Bréfritari: Jóhannes Halldórsson
Dagsetning: A-1874-09-06
Skrifað á: Vesturheimi

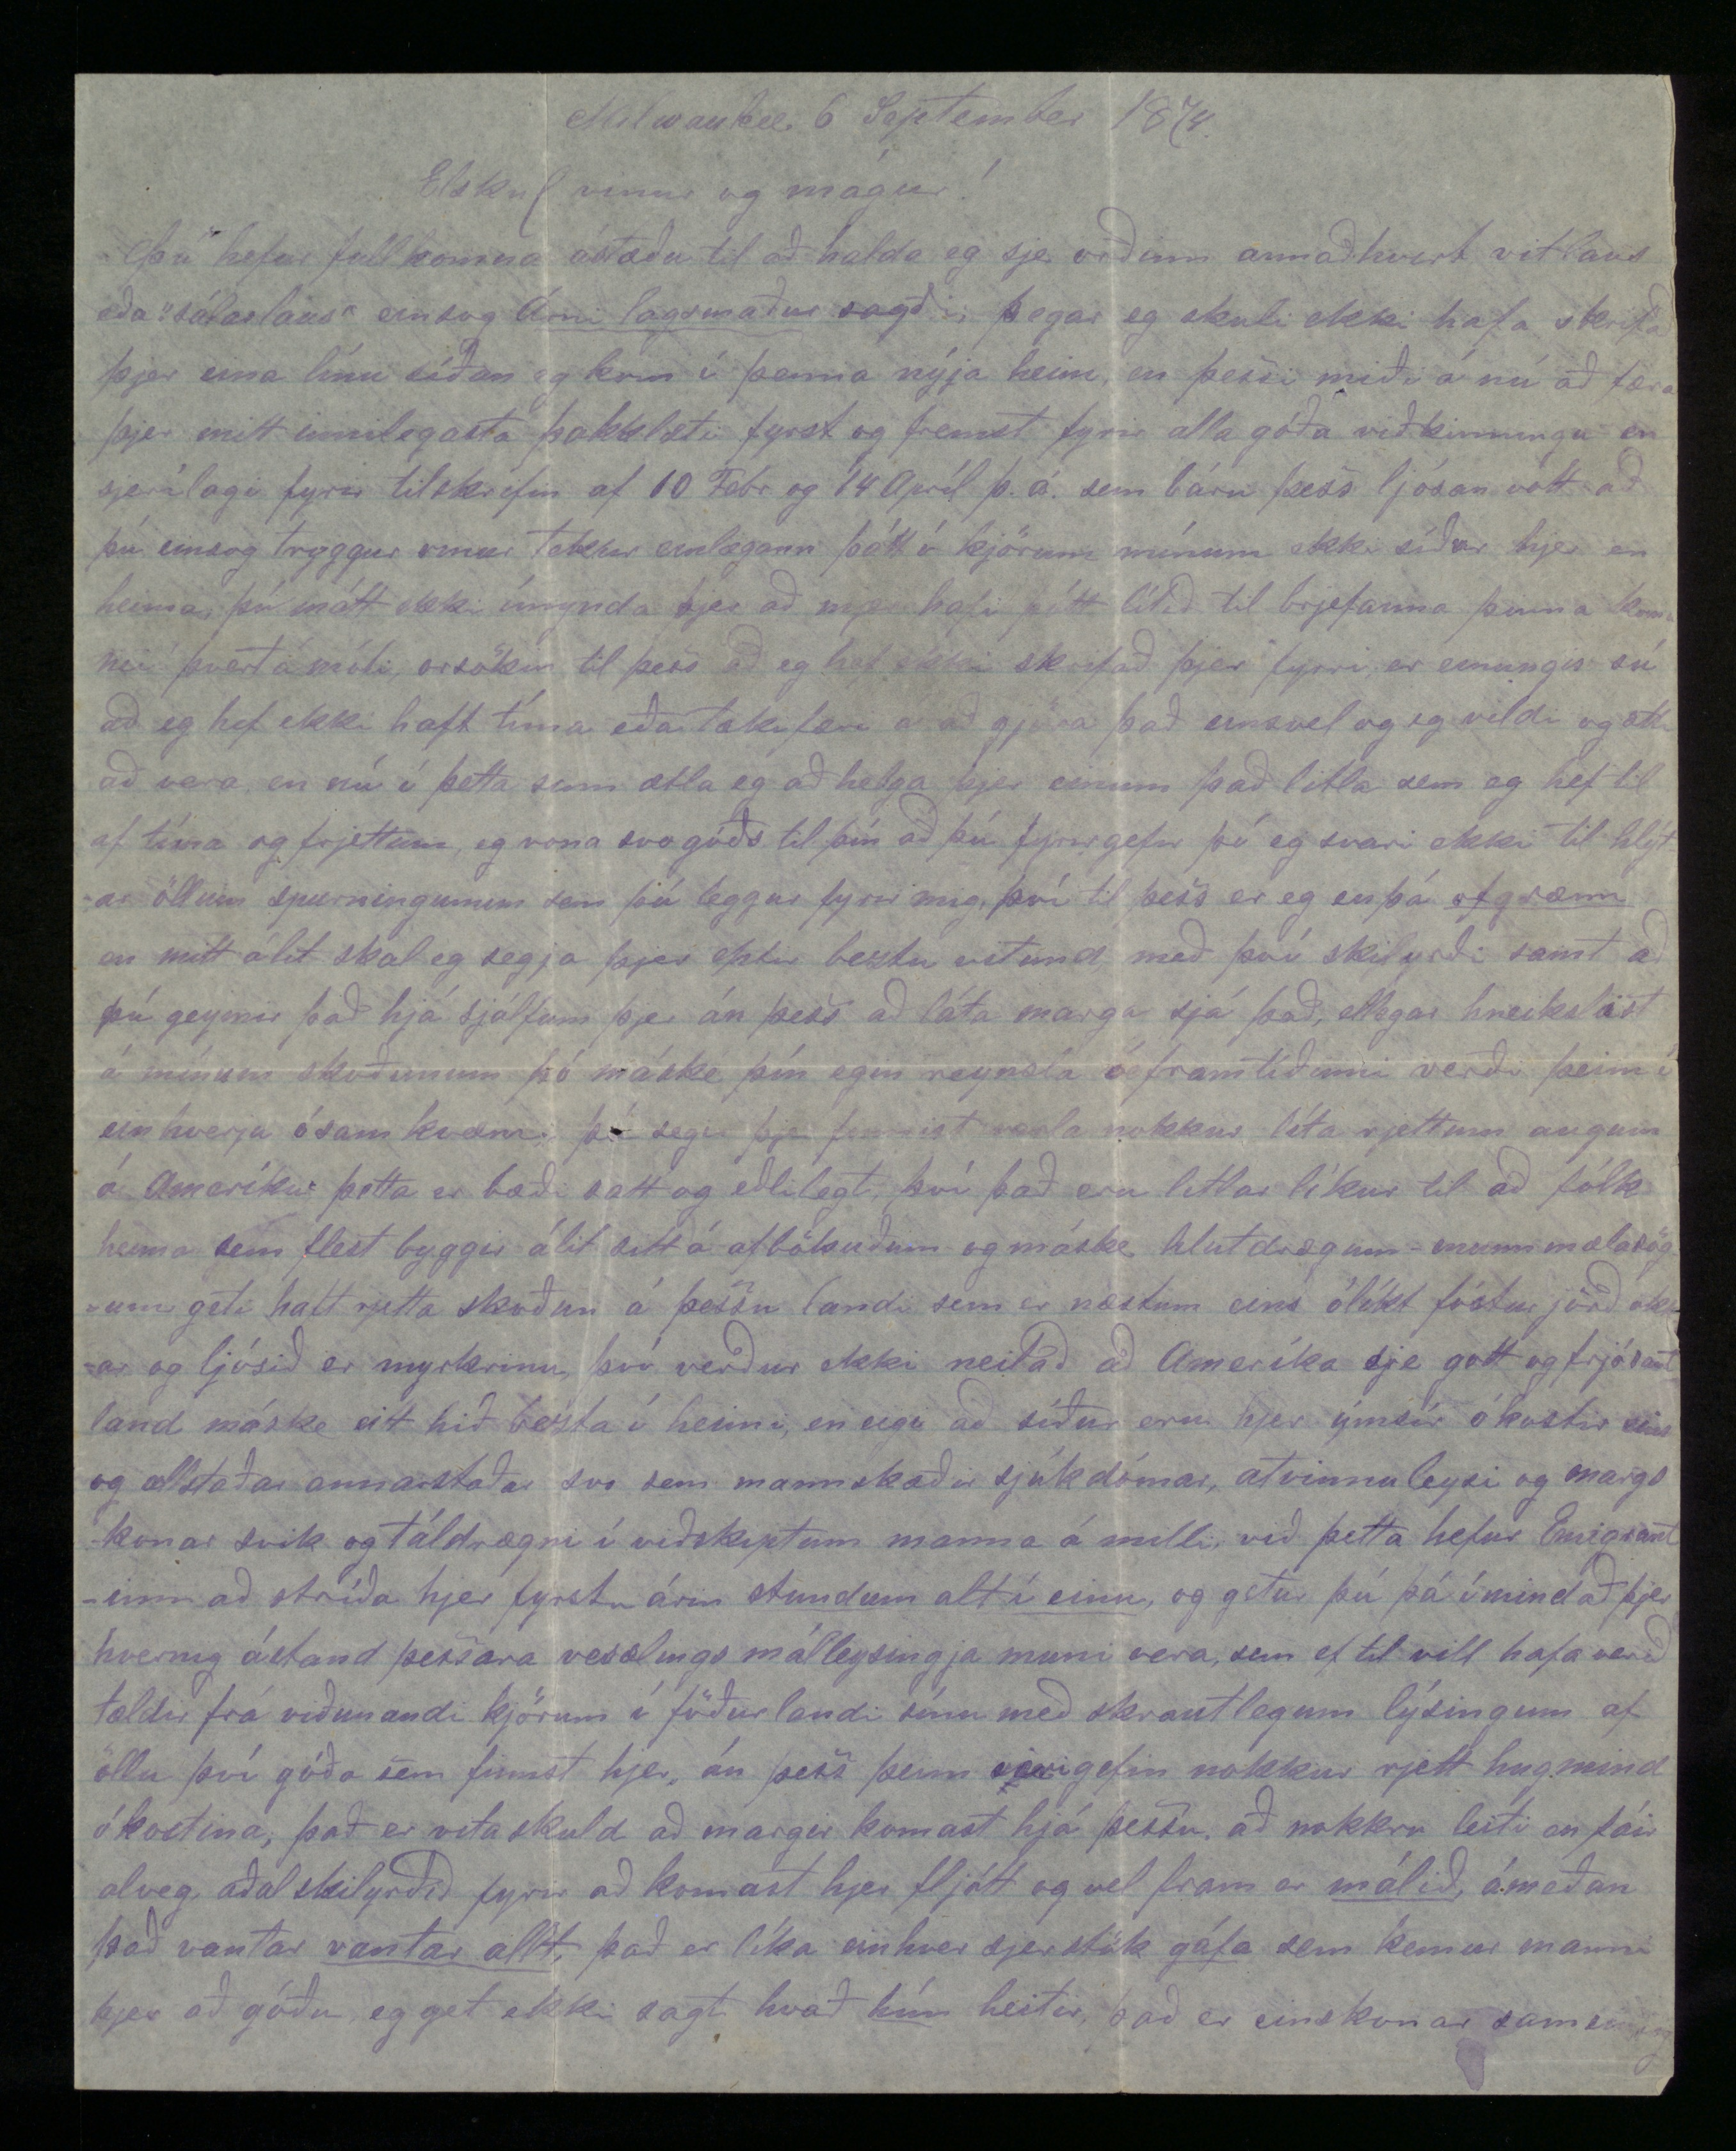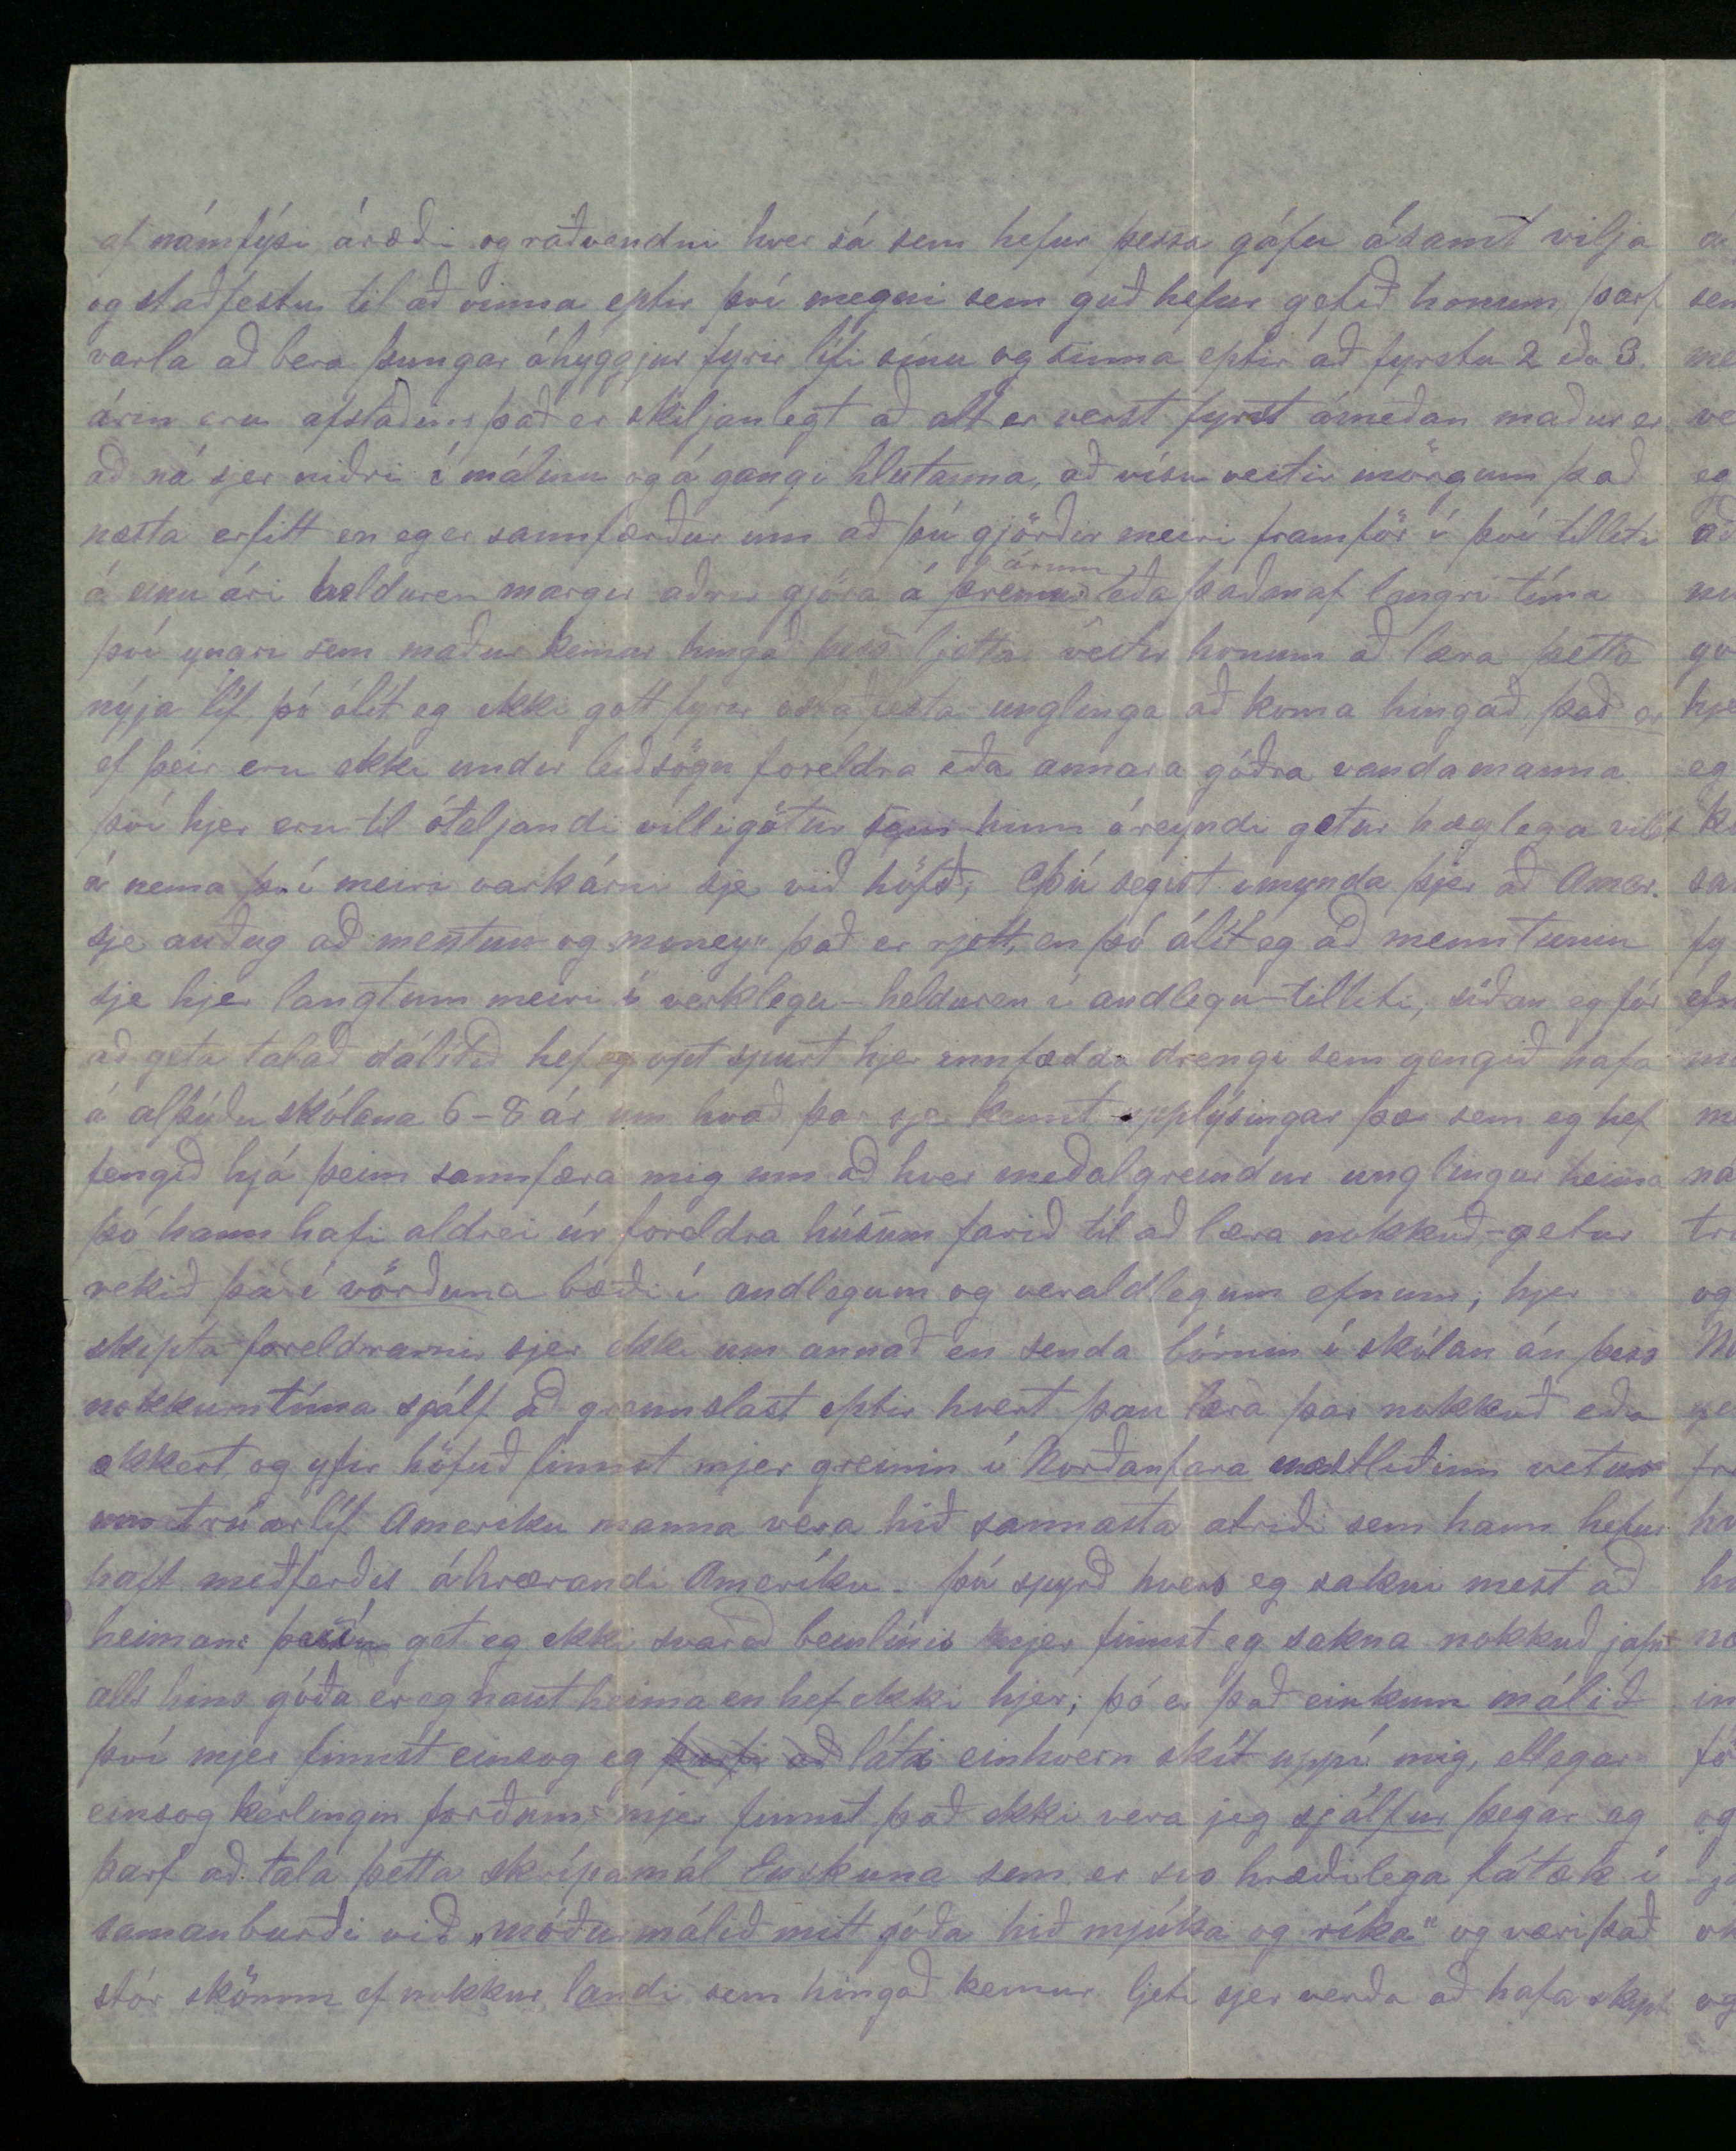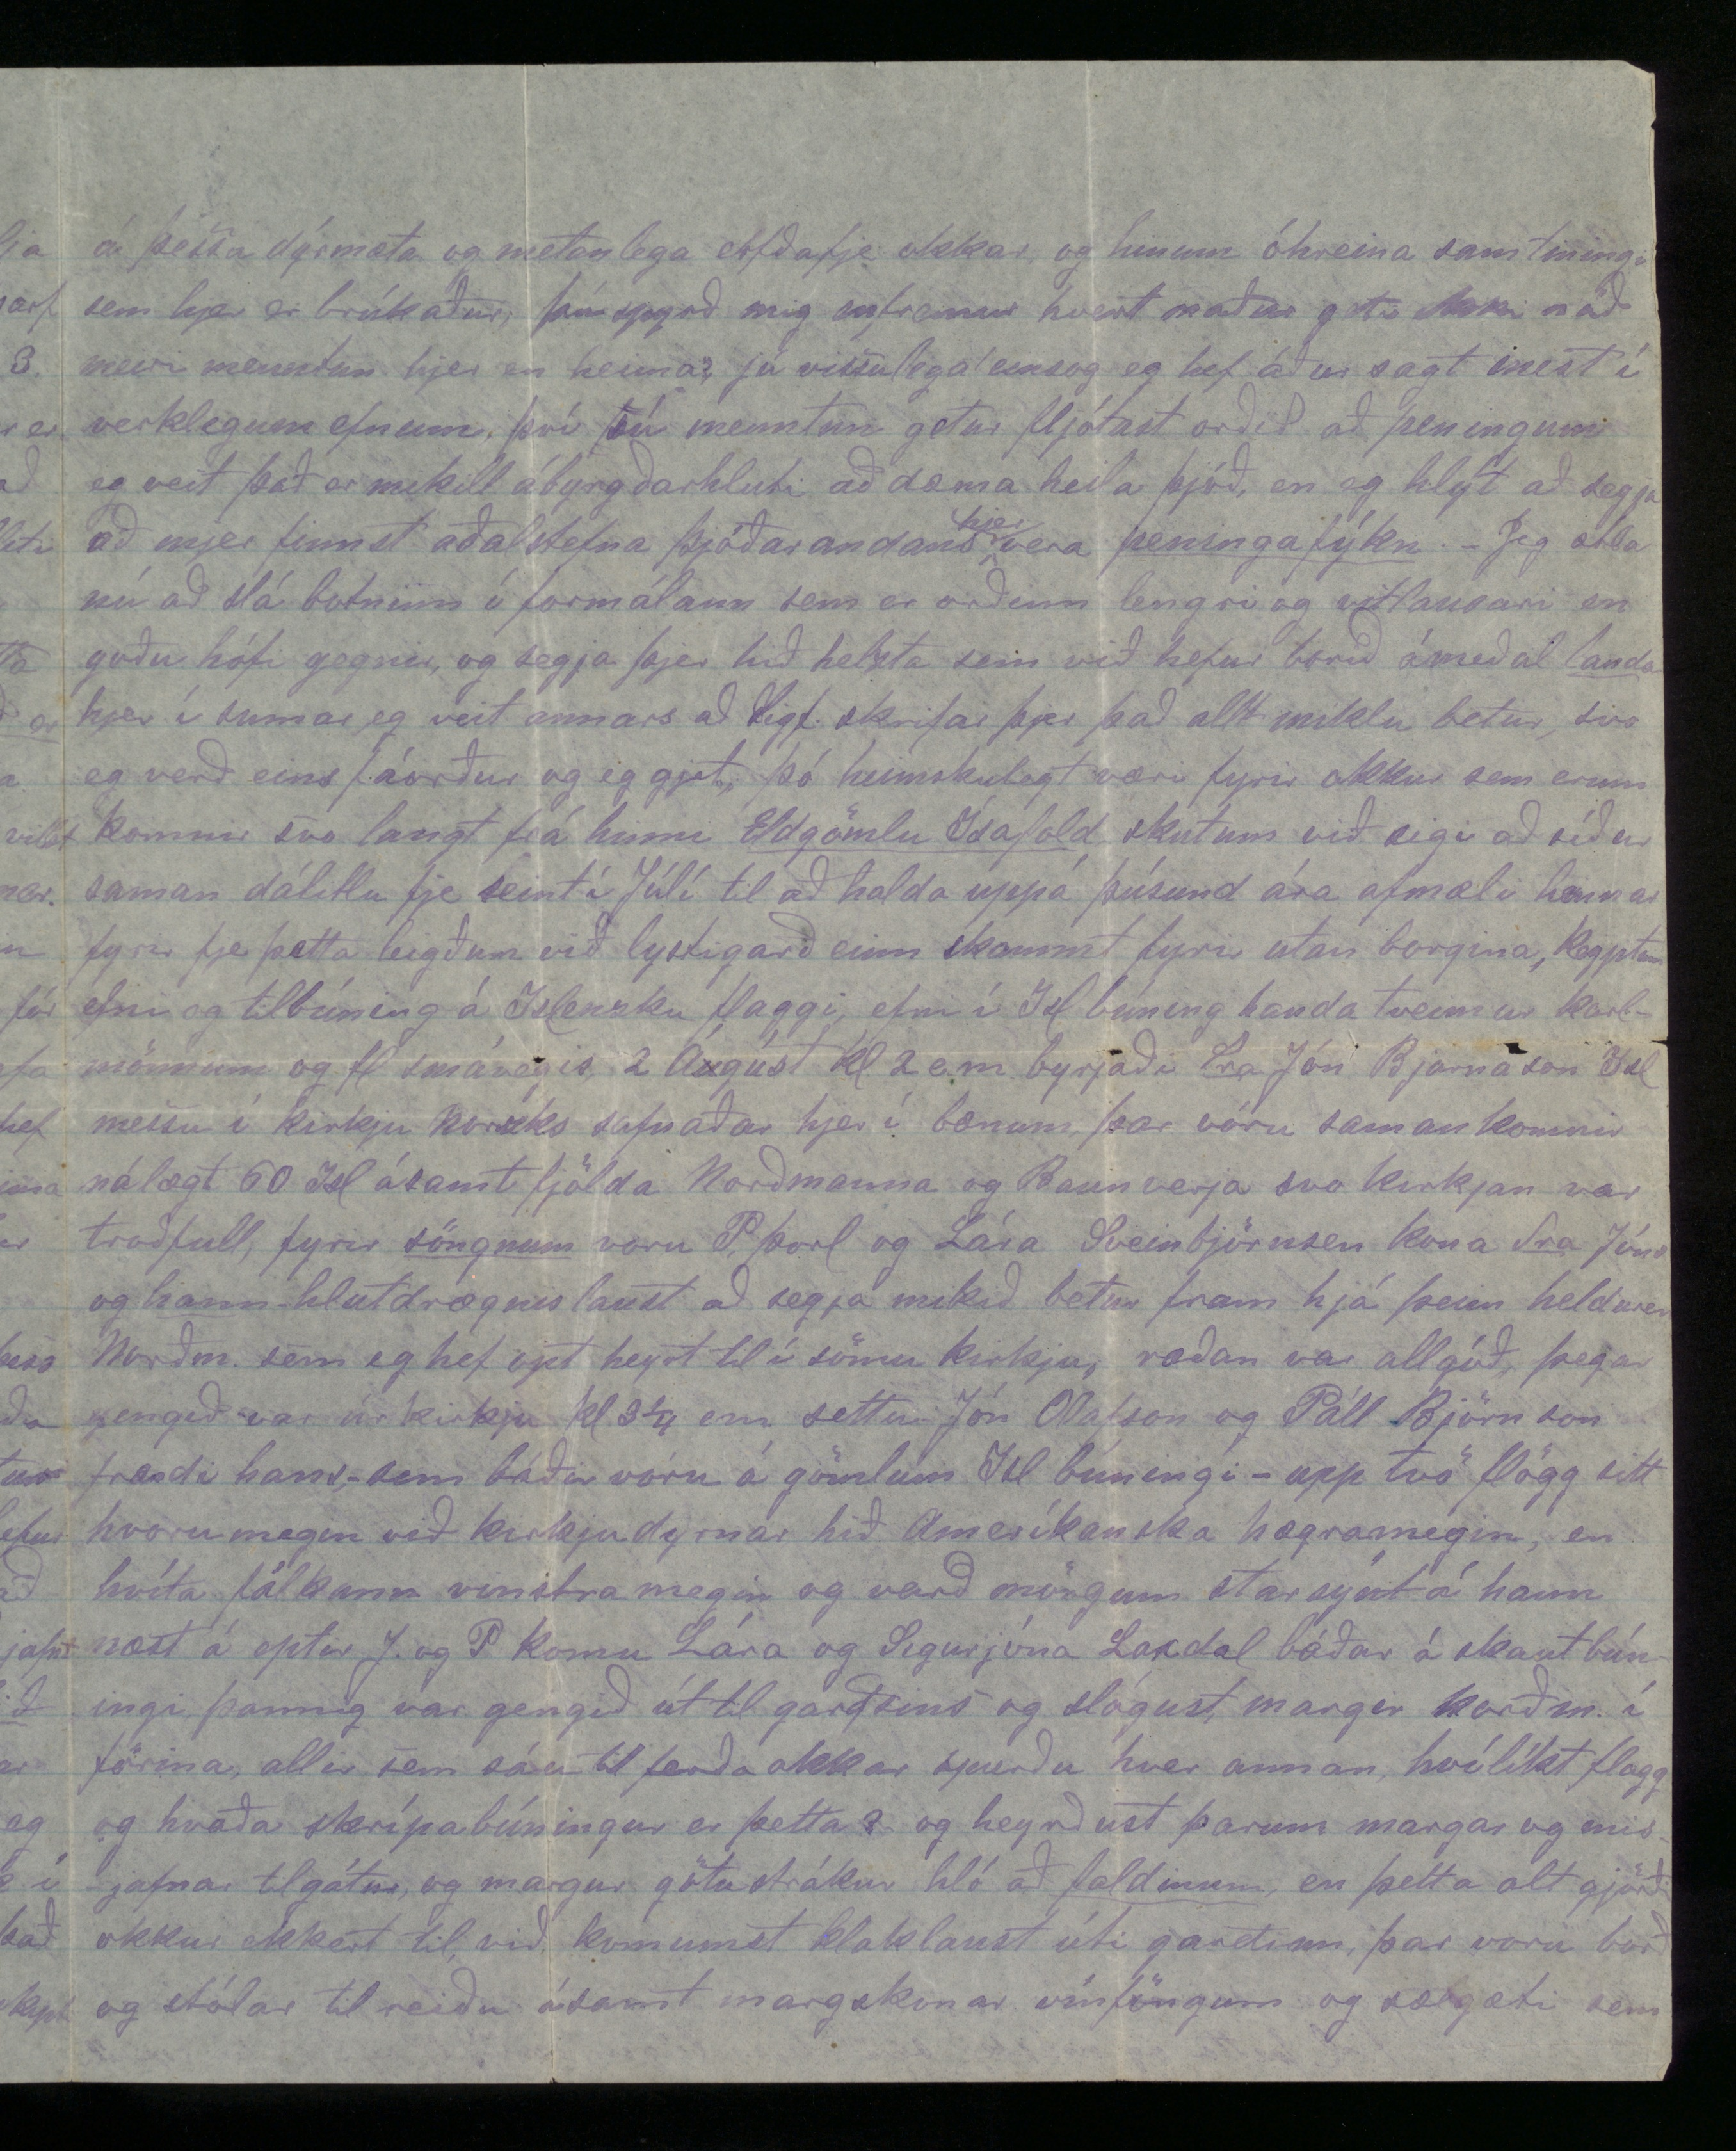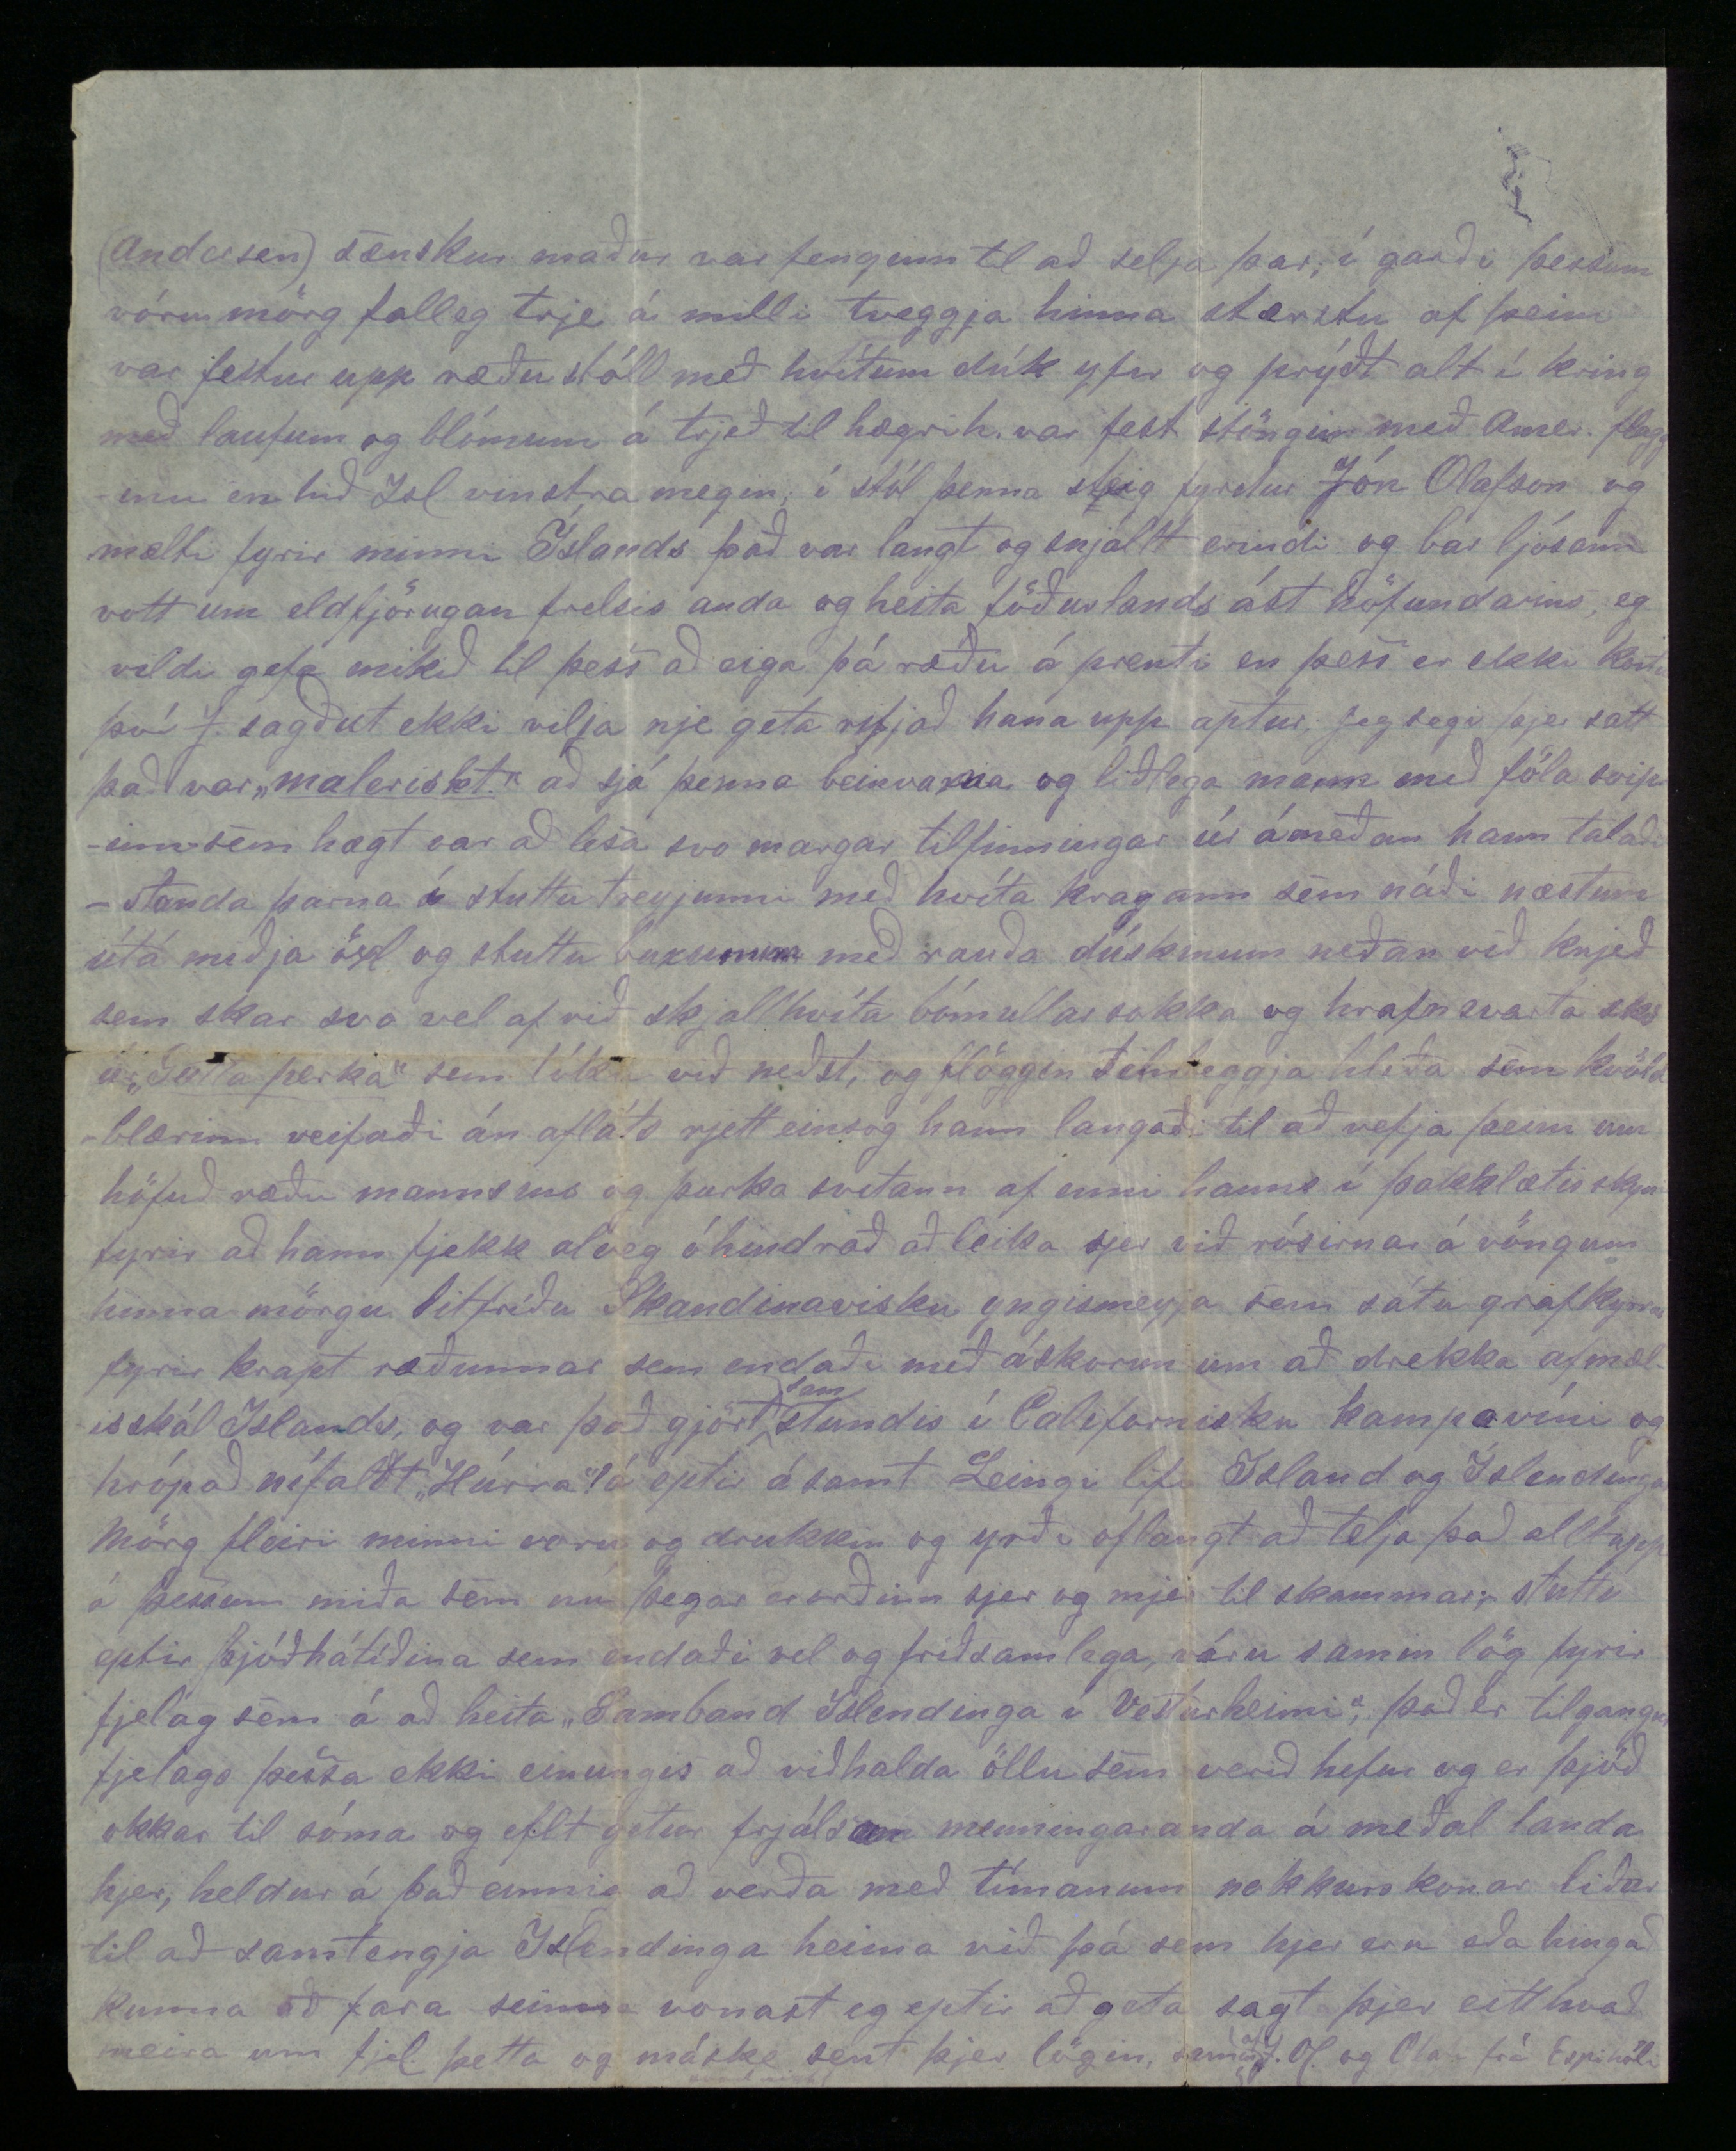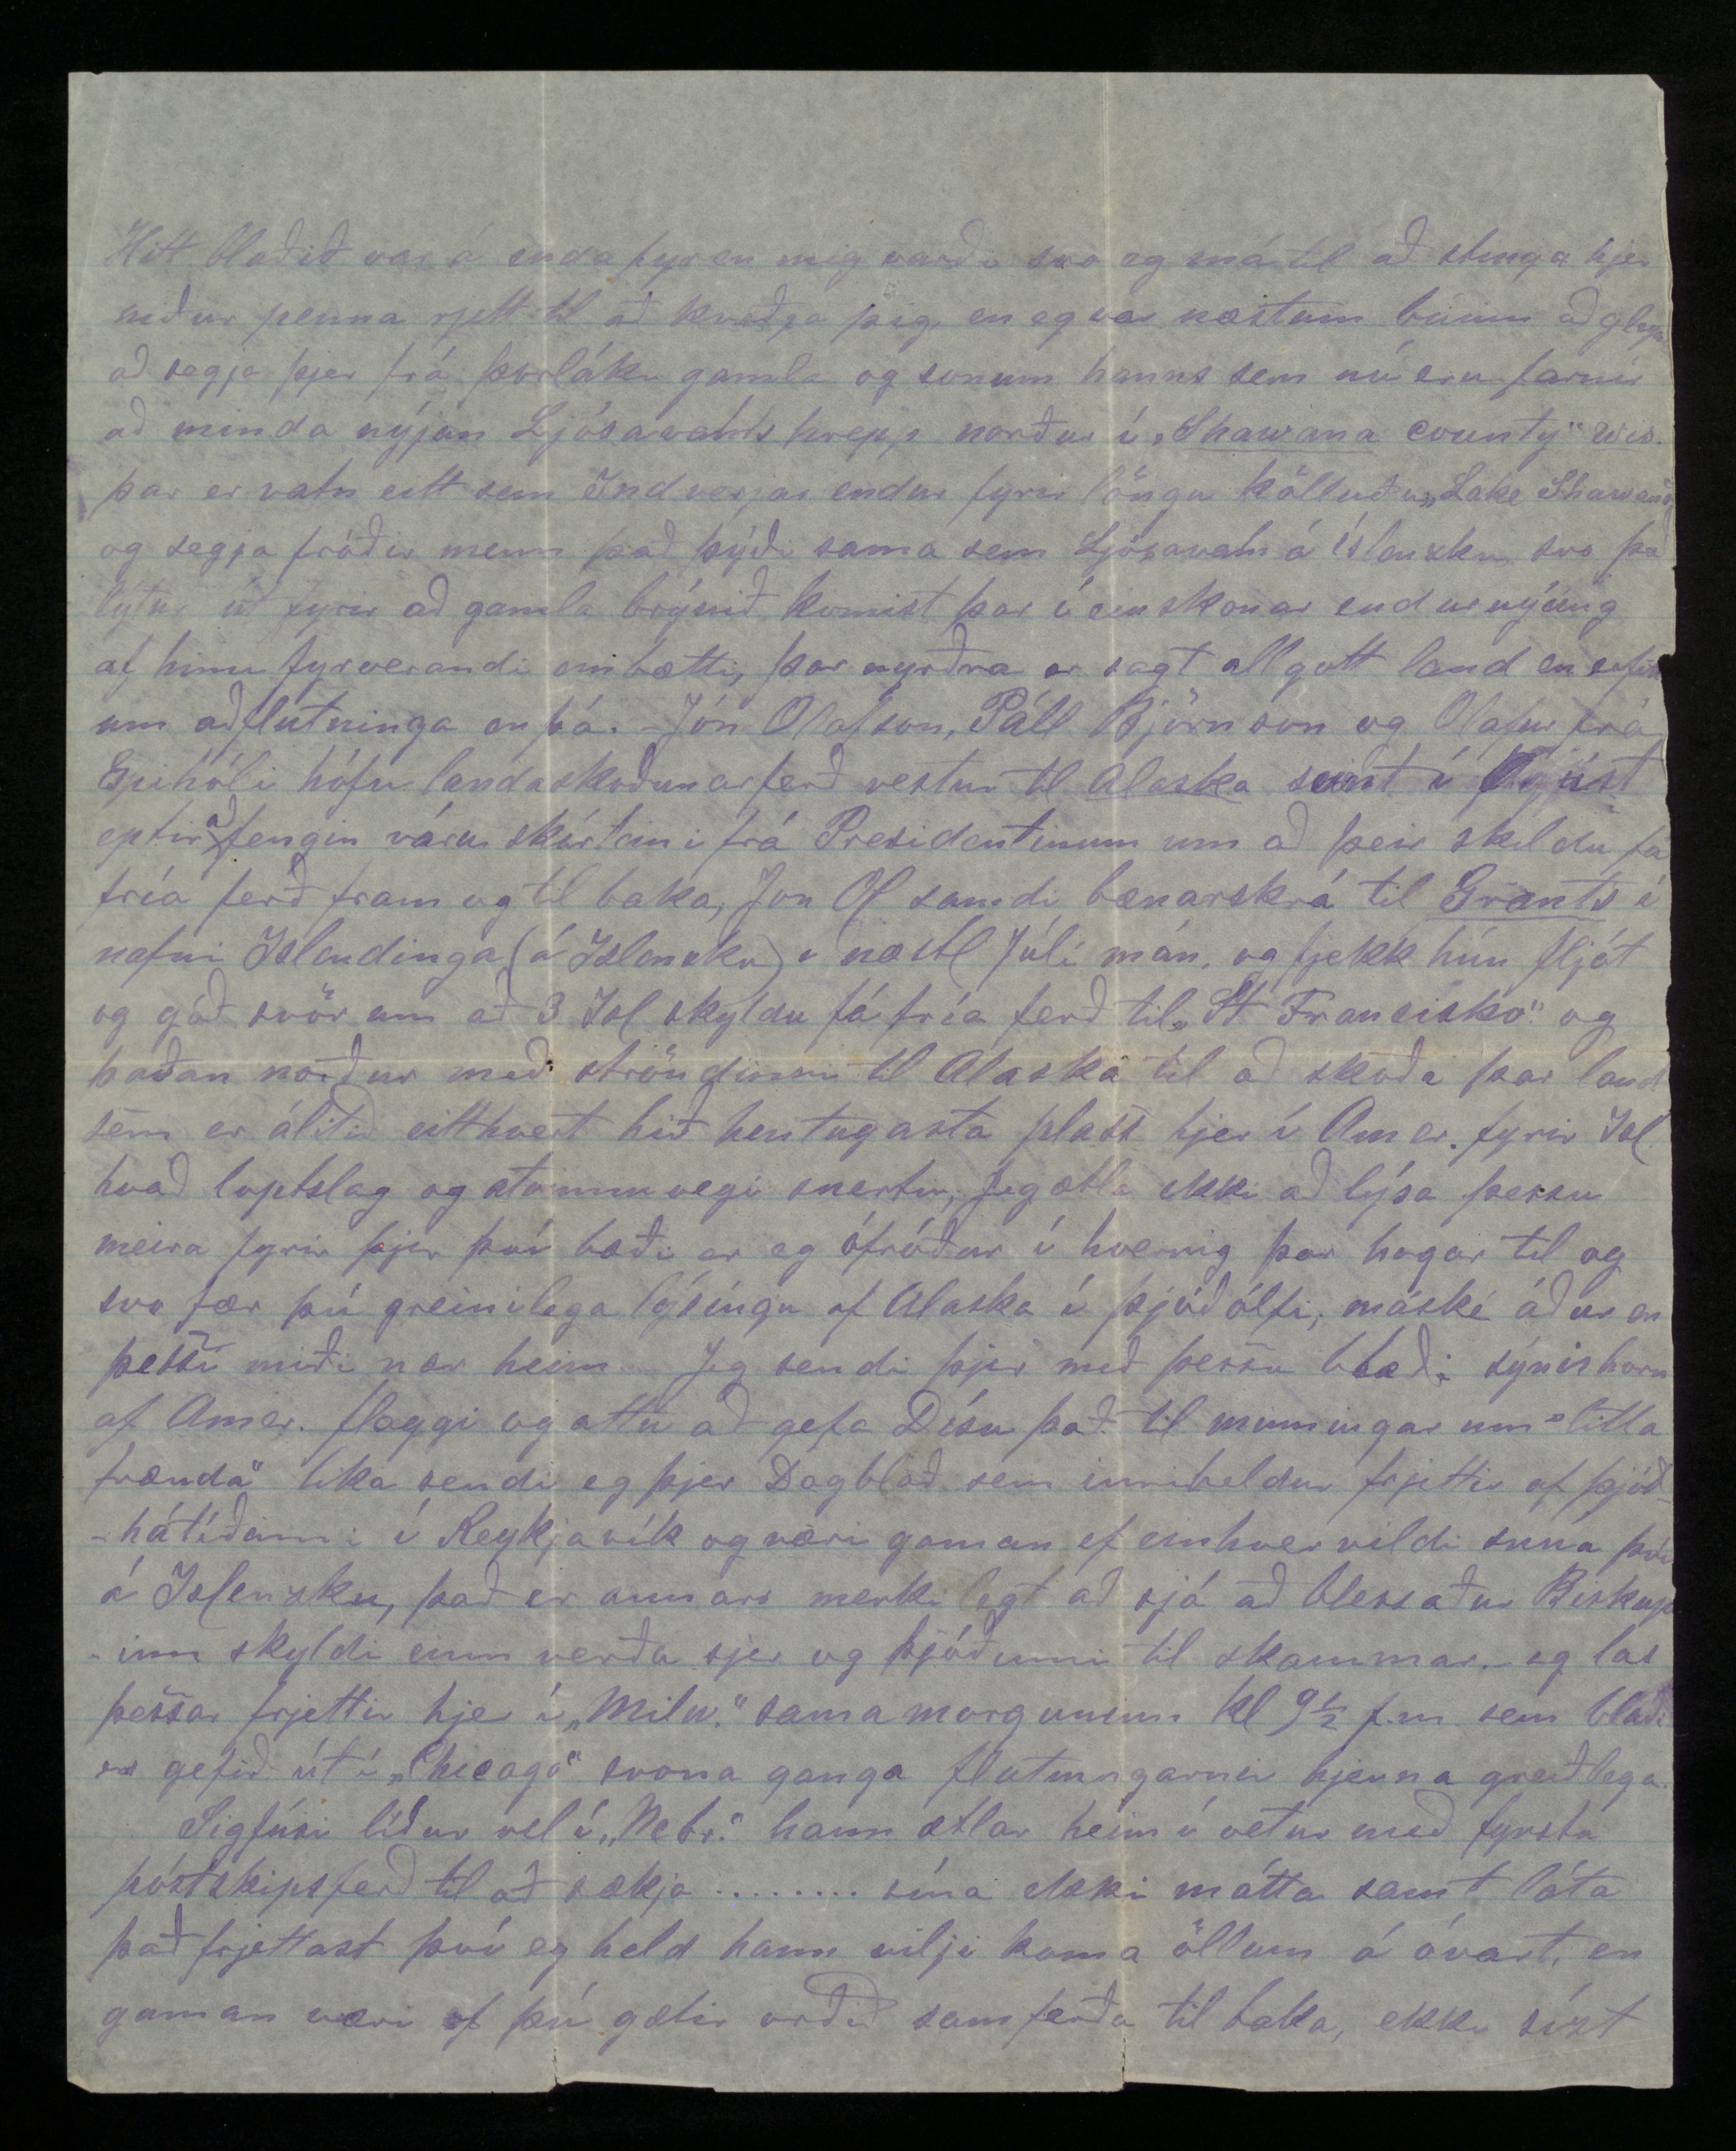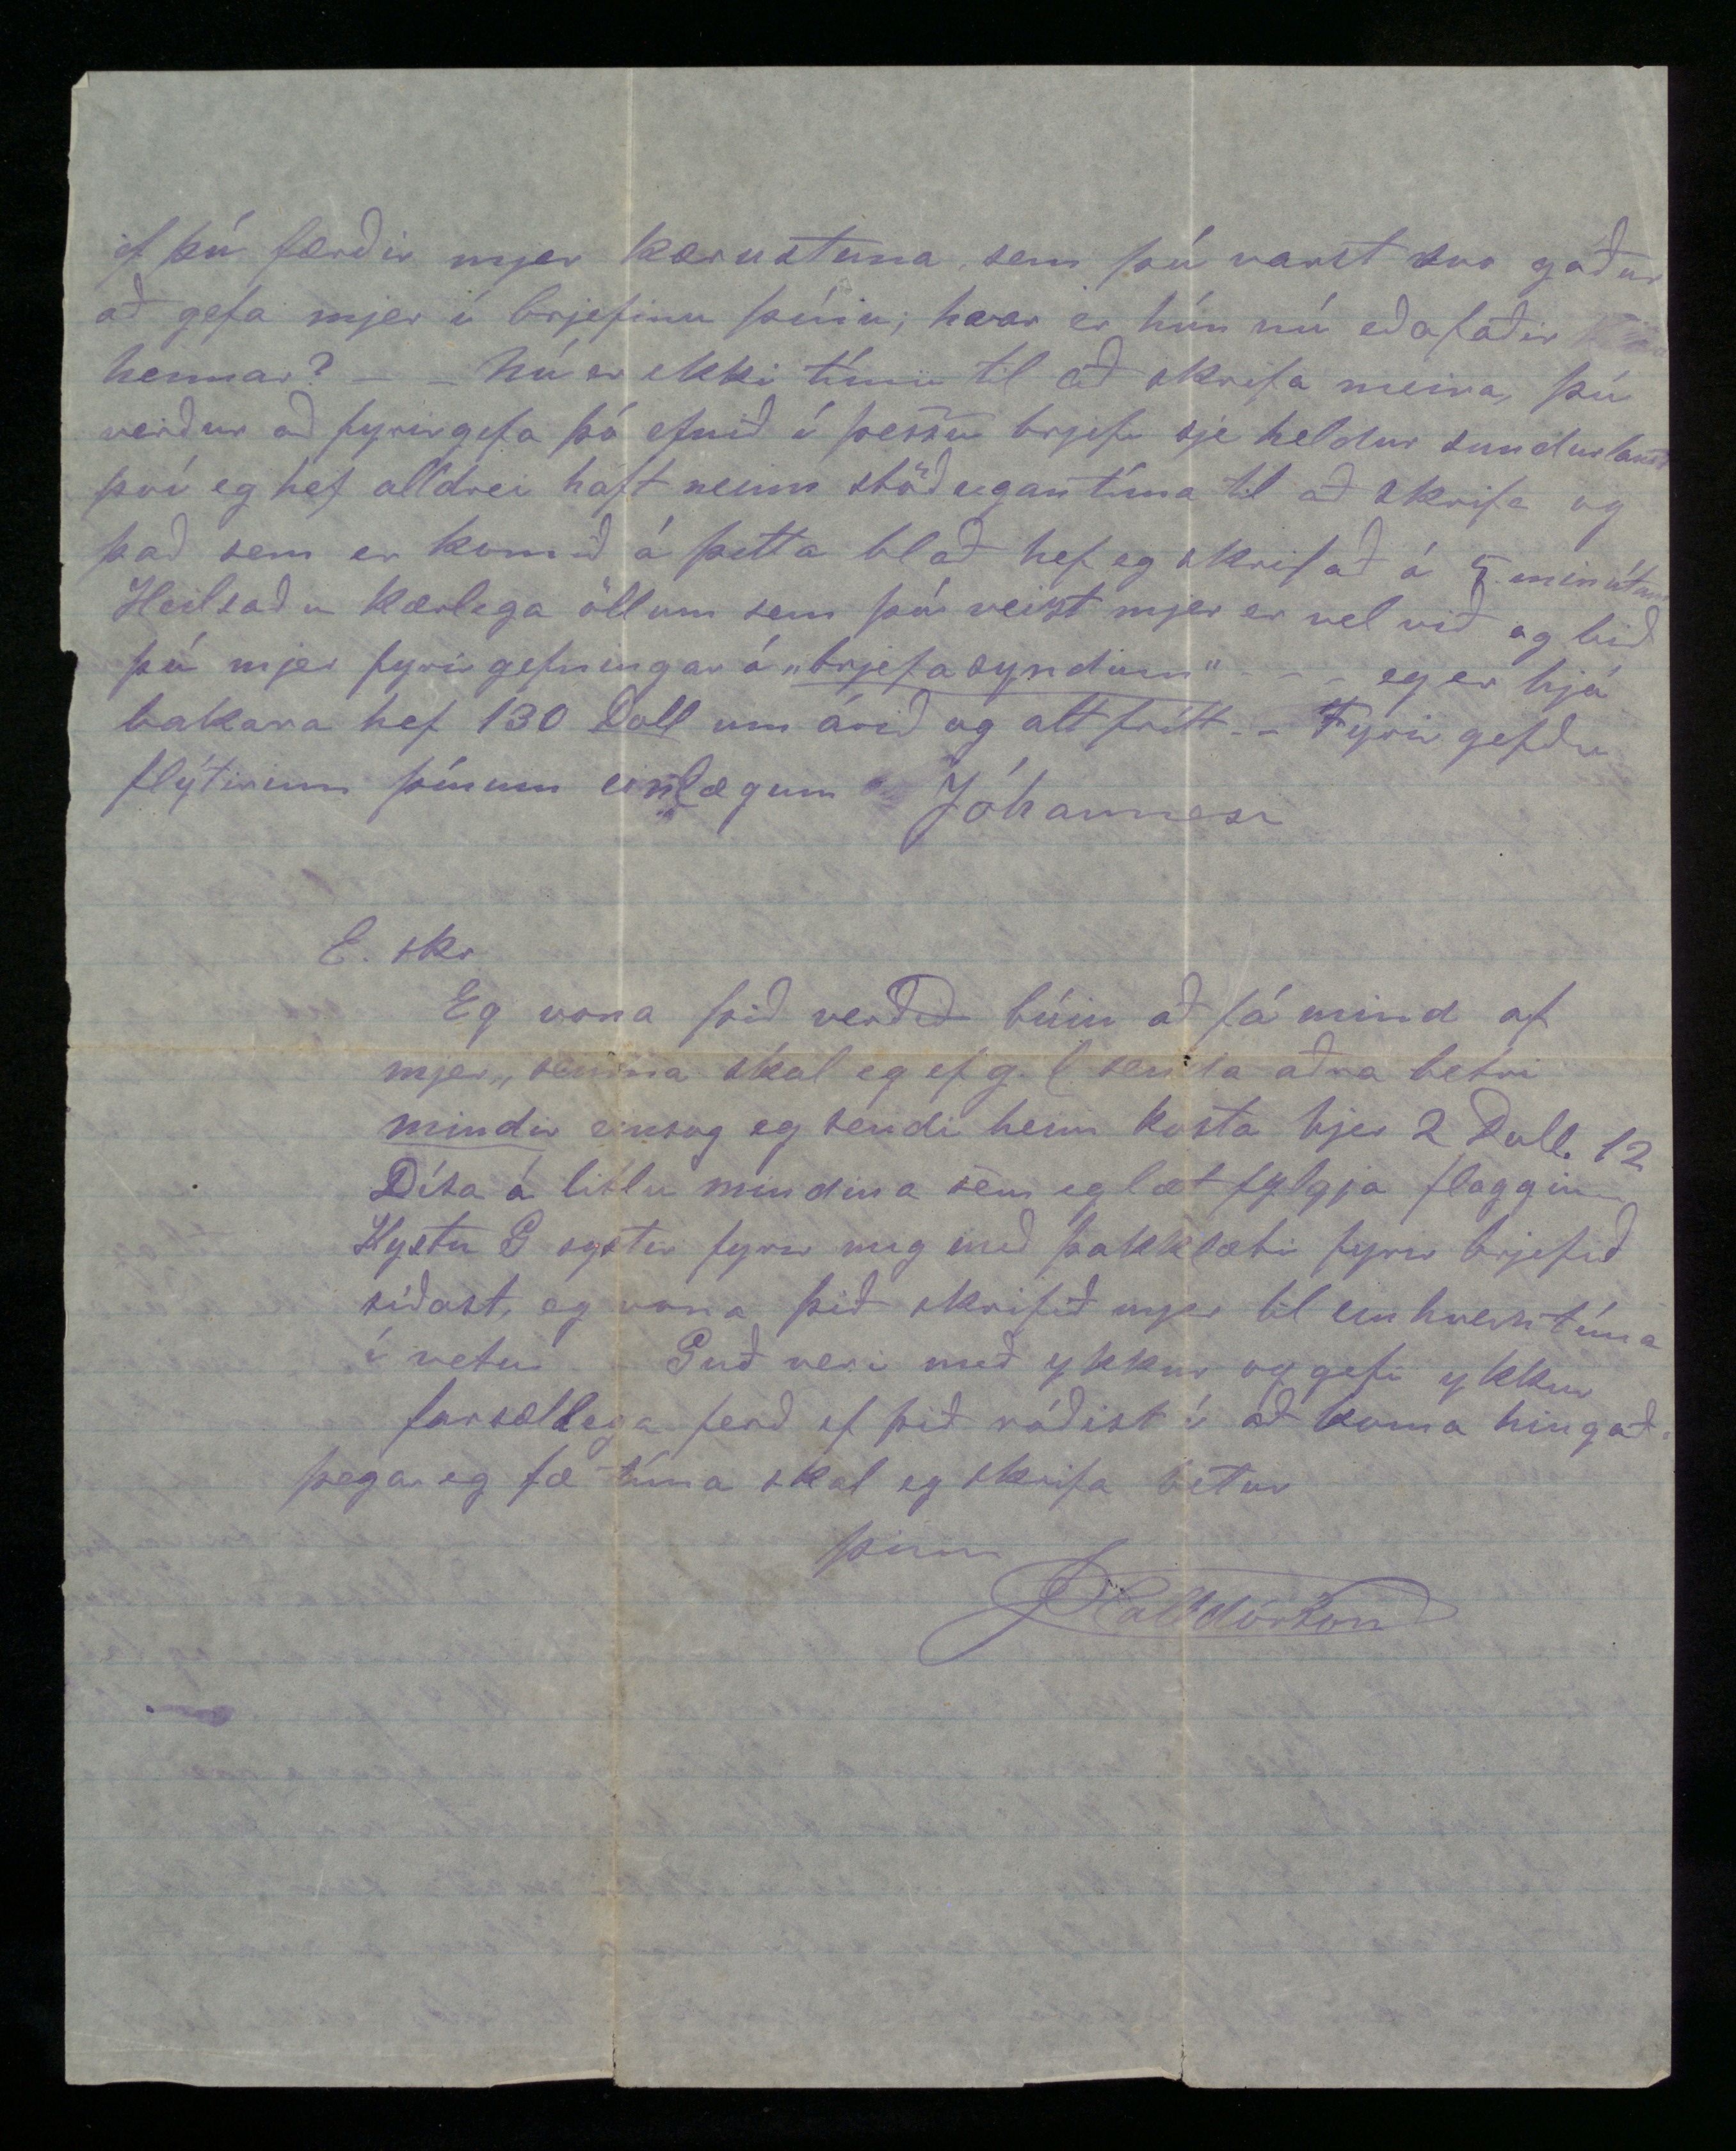

Milwaukee 6 September 1874.
Elskul. vinur og mágur!
Þú hefur fullkomna ástæðu til að halda eg sje orðinn annaðhvert vitlaus eða "sálarlaus" einsog
Árni
lagsmaður sagði; þegar eg skuli ekki hafa skrifað þjer eina línu síðan eg kom í þenna nýja heim, en þessi miði á nú að færa þjer mitt innilegasta þakklæti fyrst og fremst fyrir alla góða viðkinningu en sjerílagi fyrir tilskrifin af 10 Febr og 14 Apríl þ.á. sem báru þess ljósan vott að þú einsog tryggur vinur
tekur
einlægann þótt í kjörum mínum ekki síður hjer en heima, þú mátt ekki ímynda þjer að mjer hafi þótt lítið til brjefanna þinna koma nei! þvert á móti orsökin til þess að eg hef ekki skrifað þjer fyrri er einungis sú að eg hef ekki haft tíma eða tækifæri á að gjöra það einsvel og eg vildi og ætti að vera en nú í þetta sinn ætla eg að helga þjer einum það litla sem eg hef til af tíma og frjettum og vona svo góðs til þín að þú fyrirgefir þó eg svari ekki til hlýtar öllum spurningunum sem þú leggur fyrir mig, því til þess er eg enþá
of grænn
en mitt álit skal eg segja þjer eptir beztu vitund með því skilyrði samt að þú geymir það hjá sjálfum þjer án þess að láta marga sjá það, ellegar
hneikslast
á mínum skoðunum þó máské þín egin reynsla í framtíðinni verði þeim í einhverju ósamkvæm þú segir þjer finnist varla nokkur líta rjettum augum á Ameríku þetta er bæði satt og eðlilegt því það eru litlar líkur til að fólk heima sem flest byggir álit sitt á afbökuðum og máske hlutdrægum munnmælasögum geti haft rjetta skoðun á þessu landi sem er næstum eins ólíkt fósturjörð okkar og ljósið er myrkrinu því verður ekki neitað að Ameríka sje gott og frjósamt land máske eitt hið bezta í heimi, en eigi að síður eru hjer ýmsir ókostir eins og allstaðar annarstaðar svo sem mannskæðir sjúkdómar, atvinnuleysi og margskonar svik og táldrægni í viðskiptum manna á milli við þetta hefur Emigrantinn að stríða hjer fyrstu árin stundum alt í einu og getur þú þá ímindað þjer hvernig ástand þessara vesælings málleysingja muni vera, sem ef til vill hafa verið tældir frá viðunandi kjörum í föðurlandi sínu með skrautlegum lýsingum af öllu því góða sem finnst hjer án þess þeim væri gefin nokkur rjett hugmind ókostina, það er vitaskuld að margir komast hjá þessu að nokkru leiti en fáir alveg aðalskilyrðið fyrir að komast hjer fljótt fram er
málið
, ámeðan það vantar
vantar allt
, það er líka einhver sjerstök
gáfa
sem kemur manni hjer að góðu, eg get ekki sagt hvað
hún
heitir, það er einskonar
sameining
af námfýsi áræði og ráðvendni hver sá sem hefur þessa gáfu ásamt vilja og staðfestu til að vinna eptir því megni sem guð hefur gefið honum þarf varla að bera þungar áhyggjur fyrir lífi sínu og sinna eptir að fyrstu 2 eða 3 árin eru afstaðinn það er skiljanlegt að alt er verst fyrst ámeðan maður er að ná sjer niðri í málinu og á gangi hlutanna, að vísu veitir mörgum það næsta erfitt en eg er sannfærður um að þú gjörðir meiri framför í því tilliti á einu ári helduren margir aðrir gjöra á þremur
árum
eða þaðan af lengri tíma því yngri sem maður kemur hingað þess ljettara verður honum að læra þetta nýja líf þó álít eg ekki gott fyrir óstaðfesta unglinga að koma hingað, það er ef þeir eru ekki undir leiðsögn foreldra eða annara góðra vandamanna því hjer eru til óteljandi villigötur sem hinn óreyndi getur hæglega villst á nema því meiri varkárni sje við höfð, þú segist imynda þjer að Amer. sje auðug að mentun og „money" það er rjett, en þó álít eg að menntunin sje hjer langtum meiri í verklegu - helduren í andlegu - tillliti, síðan eg fór að geta talað dálítið hef eg opt spurt hjer innfædda drengi sem gengið hafa á alþýðu skólana 6-8 ár um hvað þar sje kennt upplýsingar þær sem eg hef fengið hjá þeim sannfæra mig um að hver meðalgreindur unglingur heima þó hann hafi aldrei úr foreldra húsum farið til að læra nokkuð - getur rekið þar í vörðuna bæði í andlegum og veraldlegum efnum, hjer skipta foreldrarnir sjer ekki um annað en senda börnin í skólan án þess nokkurntíma sjálf að grennslast eptir hvert þau læra þar nokkuð eða ekkert og yfir höfuð finnst mjer greinin í
Norðanfara
næstliðinn vetur um trúarlíf Ameríku manna vera hið sannasta atriði sem hann hefur haft meðferðis áhrærandi Ameríku. þú spyrð hvers eg sakni mest að heiman þessu get eg ekki svarað beinlínis mjer finnst eg sakna nokkuð jafnt alls hins góða er eg naut heima en hef ekki hjer; þó er það einkum
málið
því mjer finnst einsog eg
þurfi að
láti einhvern skít uppí mig, ellegar einsog kerlingin forðum mjer finnst það ekki vera jeg
sjálfur
þegar eg þarf að tala þetta skrípamál
Enskuna
sem er svo hræðilega fátæk í samanburði við
„móðurmálið mitt góða hið mjúka og ríka"
og væri það stór skömm ef nokkur
landi
sem hingað kemur ljeti sjer verða að hafa skipti
á þessu dýrmæta og metanlega erfðafje okkar og hinum óhreina samtiningi sem hjer er brúkaður, þú spyrð mig enfremur hvert maður geti ekki náð meiri menntun hjer en heima? Jú vissulega einsog eg hef áður sagt mest í verklegum efnum, því sú menntun getur fljótast orðið að peningum eg veit það er mikill ábyrgðarhluti að dæma heila þjóð, en eg hlýt að segja að mjer finnst aðalstefna þjóðarandans
hjer
vera
peningafýkn
. - Jeg ætla nú að slá botninn í formálann sem er orðinn lengri og vitlausari en góðu hófi gegnir og segja þjer hið helzta sem við hefur borið ámeðal landa hjer í sumar eg veit annars að Sigf. skrifar þjer það allt miklu betur, svo eg verð eins fáorður og eg get, þó heimskulegt væri fyrir okkur sem erum komnir svo langt frá hiinni
Eldgömlu Ísafold
skutum við eigi að síður saman dálitlu fje seint í Júlí til að halda uppá þúsund ára afmæli hennar fyrir fje þetta leigðum við lystigarð einn skammt fyrir utan borgina, keyptum efni og tilbúning á Islenzku flaggi efni í Isl búning handa tveimur karlmönnum og fl smávegis 2 Ágúst kl 2 e m byrjaði Sra Jón Bjarason Isl messu í kirkju norzks safnaðar hjer í bænum, þar vóru samankomnir nálægt 60 Isl ásamt fjölda Norðmanna og Baunverja svo kirkjan var troðfull, fyrir
sögnum
voru P. Þorl og Lára Sveinbjörnsen kona Sre Jóns og hann hlutdrægnislaust að segja mikið betur fram hjá þeim helduren Norðm. sem eg hef
rjet
heyrt til í sömu kirkju, ræðan var allgóð þegar gengið var úr kirkju kl 3 1/4 em settu Jón Olafson og Páll Björnson frændi hans - sem báðir vóru á gömlum Isl búning - upp tvö flögg sitt hvoru megin við kirkjudyrnar hið Ameríkanska hægramegin, en hvíta fálkann vinstra megin og varð mörgum starsýnt á hann næst á eptir J. og P komu Lára og Sigurjóna Laxdal báðar á skautbúningi þannig var gengið út til garðsins og slógust margir Norðm. í förina, allir sem sáu til ferða okkar spurðu hver annan hvílíkt flagg og hvaða skrípabúningur er þetta? og heyrðust þarum margar og misjafnar tilgátur og margur göturstrákur hló að
faldinum
en þetta alt gjörði okkur ekkert til, við komumst klaklaust útí garðinn, þar voru borð og stólar til reiðu ásamt margskonar vínföngum og sælgæti sem
(Andersen) sænskur maður var fenginn til að selja þar, í garði þessu vóru mörg falleg trje á milli tveggja hinna stærstu af þeim var festur upp ræðustóll með hvítum dúk yfir og prýdt alt í kring með laufum og blómum á trjeð til hægri h. var fest stöngin með Amer. flagginu en hið Isl vinstra megin, í stól þenna steig fyrstur Jón Olafson og mælti fyrir minni Íslands það var langt og snjallt erindi og bar ljósann vott um eldfjörugan frelsis anda og heita föðurlands ást höfundarins, eg vildi gefa mikið til þess að eiga þá ræðu á prenti en þess er ekki kostur því J. sagðist ekki vilja nje geta rifjað hana upp aptur, jeg segi þjer satt það var
„maleriskt"
að sjá þenna beinvaxna og liðega mann með föla svipinn sem hægt var að lesa svo margar tilfinningar úr ámeðan hann talaði - standa þarna á stuttu treyjunni með hvíta kraganum sem náði næstum úta miðja öxl og stuttu buxunum með rauð dúsknum neðan við knjeð sem skar svo vel við skjallhvíta bómullarsokka og hrafnsvarta skó úr
„Guttarperka"
sem tóku við neðst, og flöggin til beggja hliða sem kvöldblærinn veifaði án afláts rjett einsog hann langaði til að vefja þeim um höfuð ræðu mannsins og þurka svitann af enni hanns í þakklætisskyni fyrir að hann fjekk alveg óhindrað að leika sjer við rósina á vöngum hinna mörgu litfríðu Skandinavísku yngismeyja sem sátu grafkyrrar fyrir krapt ræðunnar sem endaði með áskorun um að drekka afmælisskál Islands og var það gjört
sam
stundis í Californisku kampavíni og hrópað nífallt „Húrra"! á eptir ásamt Leingi lifi Island og Islendingar Mörg fleiri minni voru og drukkin og yrði of langt að telja það allt upp í þessum miða sem nú þegar er orðinn sjer og mjer til skammar, stuttu eptir þjóðhátíðina sem endaði vel og fríðsamlega vóru samin lög fyrir fjelag sem á að heita „Samband Islendinga í Vesturheimi" það er tilgangur fjelags þessa ekki einungis að viðhalda öllu sem verið hefur og er þjóð okkar til sóma og eflt getur frjálsan menningaranda á meðal landa hjer, heldur á það einnig að verða með tímanum nokkurskonar liður til að samtengja Islendinga heima við þá sem hjer eru eða hingað koma eða fara seinna vonast eg eptir að geta sagt þjer eitthvað meira um fjel. þetta og máske sent þjer lögin samin
af
J. Ol. og Olafi frá Espihóli
Hitt blaðið var á enda fyr en mig varði svo eg má til að stinga hjer niður penna rjett til að kveðja þig, en eg ar næstum búinn að gleyma að segja þjer frá Þorláki gamla og sonum hanns sem nú eru farnir að minda nýjan Ljósavantshrepp norður í „
Shawana
county" Wis. þar er vatn eitt sem Indverjar endur fyrir löngu kölluðu „Lake Shawana" og segja fróðir menn það þýðir sama sem Ljósavatn á Íslensku svo það lytur út fyrir að gamla brýnið komist þar í einskonar endurnýjung af hinu fyrverandi embætti, þar nyrðra er sagt allgott land en erfitt um aðflutninga enþá. Jón Olafson, Páll Björnson og Olafur frá Epihóli hófu landaskoðunarferð vestur til
Alaska
seint í Agúst eptir
að
fengin vóru skírteini frá Presidentinum um að þeir skildu fá fría ferð fram og til baka, Jon Ol samdi bænarskrá til
Grants
í nafni Islendinga (á Islenzku) í næstl Júlí mán. og fjekk hún fljót og góð svör um að 3 Isl skyldu fá fría ferð til „St Fransisko" og þaðan norður með ströndum til Alaska til að skoða þar land sem er álitið eitthvert hið hentugasta plass hjer í Amer. fyrir Isl hvað loptslag og atvinnu vegi snertir. Jeg ætla ekki að lýsa þessu meira fyrir þjer því bæði er eg ófróður í hvernig þar hagar til og svo fær þú greinilega lýsingu af Alaska í Þjóðólfi, máské áður en þessi miði nær heim Jeg sendi þjer með þessu blaði sýnishorn af Amer. flaggi og attu að gefa Dísu það til minningar um „litla frænda" líka sendi eg þjer Dagblað sem inniheldur frjettir af þjóðhátíðinni í Reykjavík og væri gaman ef einhver vildi snua því á Islenzku, það er annars merkilegt að sjá að blessaður Biskupinn skyldi einn verða sjer og þjóðinni til skammar, eg las þessar frjettir hjer í „Milw." sama morguninn kl 9 1/2 fm sem blaðið er gefið út í „Chicago" svona ganga flutningarnir hjerna greiðlega
Sigfúsi líður vel í „Nebr." hann ætlar heim í vetur með fyrstu póstskipsferð til að sækja ........ sína ekki máttu samt láta það frjettast því eg held hann vilji koma öllum á óvart, en gaman væri ef þú gætir orðið samferða til baka, ekki sízt
ef þú færðir mjer kærustuna sem þú varst svo góður að gefa mjer í brjefinu þínu; hvar er hún nú eða faðir hennar? - Nú er ekki tími til að skrifa meira, þú verður að fyrirgefa þó efnið í þessu brjefi sje heldur sundurlaust því eg hef alldrei haft neinn stöðugan tíma til að skrifa og það sem er komið á þetta blað hef eg skrifað á 5 minútum
Heilsaðu kærlega öllum sem þú veizt mjer er vel við og bið þú mjer fyrirgefningar á
„brjefasyndum"
- eg er hjá bakara hef 130 Doll um árið og alt frítt. Fyrirgefðu flýtirinn þínum einlægum
Jóhannesi
E.skr.
Eg vona þið verðið búin að fá mind af mjer, seinna skal eg ef g. l. senda aðra betri
mindir
einsog eg sendi heim kosta hjer 2 Doll. 12 Dísa á litlu mindina sem eg læt fylgja flagginu Kystu G. systir fyrir mig með þakklæti fyrir brjefið síðast, eg vona þið skrifið mjer til einhverntíma í vetur. Guð veri með ykkur og gefi ykkur farsællega ferð ef þið ráðist í að koma hingað þegar. þegar eg fæ tíma skal eg skrifa betur
þinn
JHalldórson